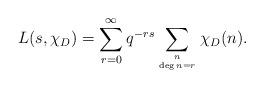
LaTeX: \begin{align*} L(s,\chi_D) = \sum_{r=0}^\infty q^{-rs} \sum_{n \atop \deg n=r} \chi_D(n).\end{align*}